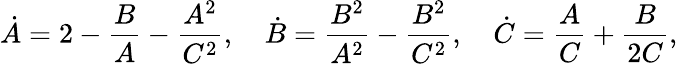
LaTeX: \dot{A}=2-\frac{B}{A}-\frac{A^{2}}{C^{2}},\quad\dot{B}=\frac{B^{2}}{A^{2}}-\frac{B^{2}}{C^{2}},\quad\dot{C}=\frac{A}{C}+\frac{B}{2C},